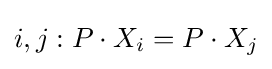
i,j:P\cdot X_{i}=P\cdot X_{j}